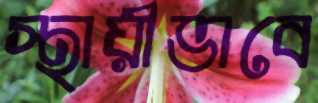
স্থায়ীভাবে